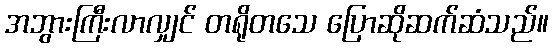
အဘွားကြီးလာလျှင် တရိုတသေ ပြောဆိုဆက်ဆံသည်။